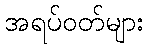
အရပ်ဝတ်များ